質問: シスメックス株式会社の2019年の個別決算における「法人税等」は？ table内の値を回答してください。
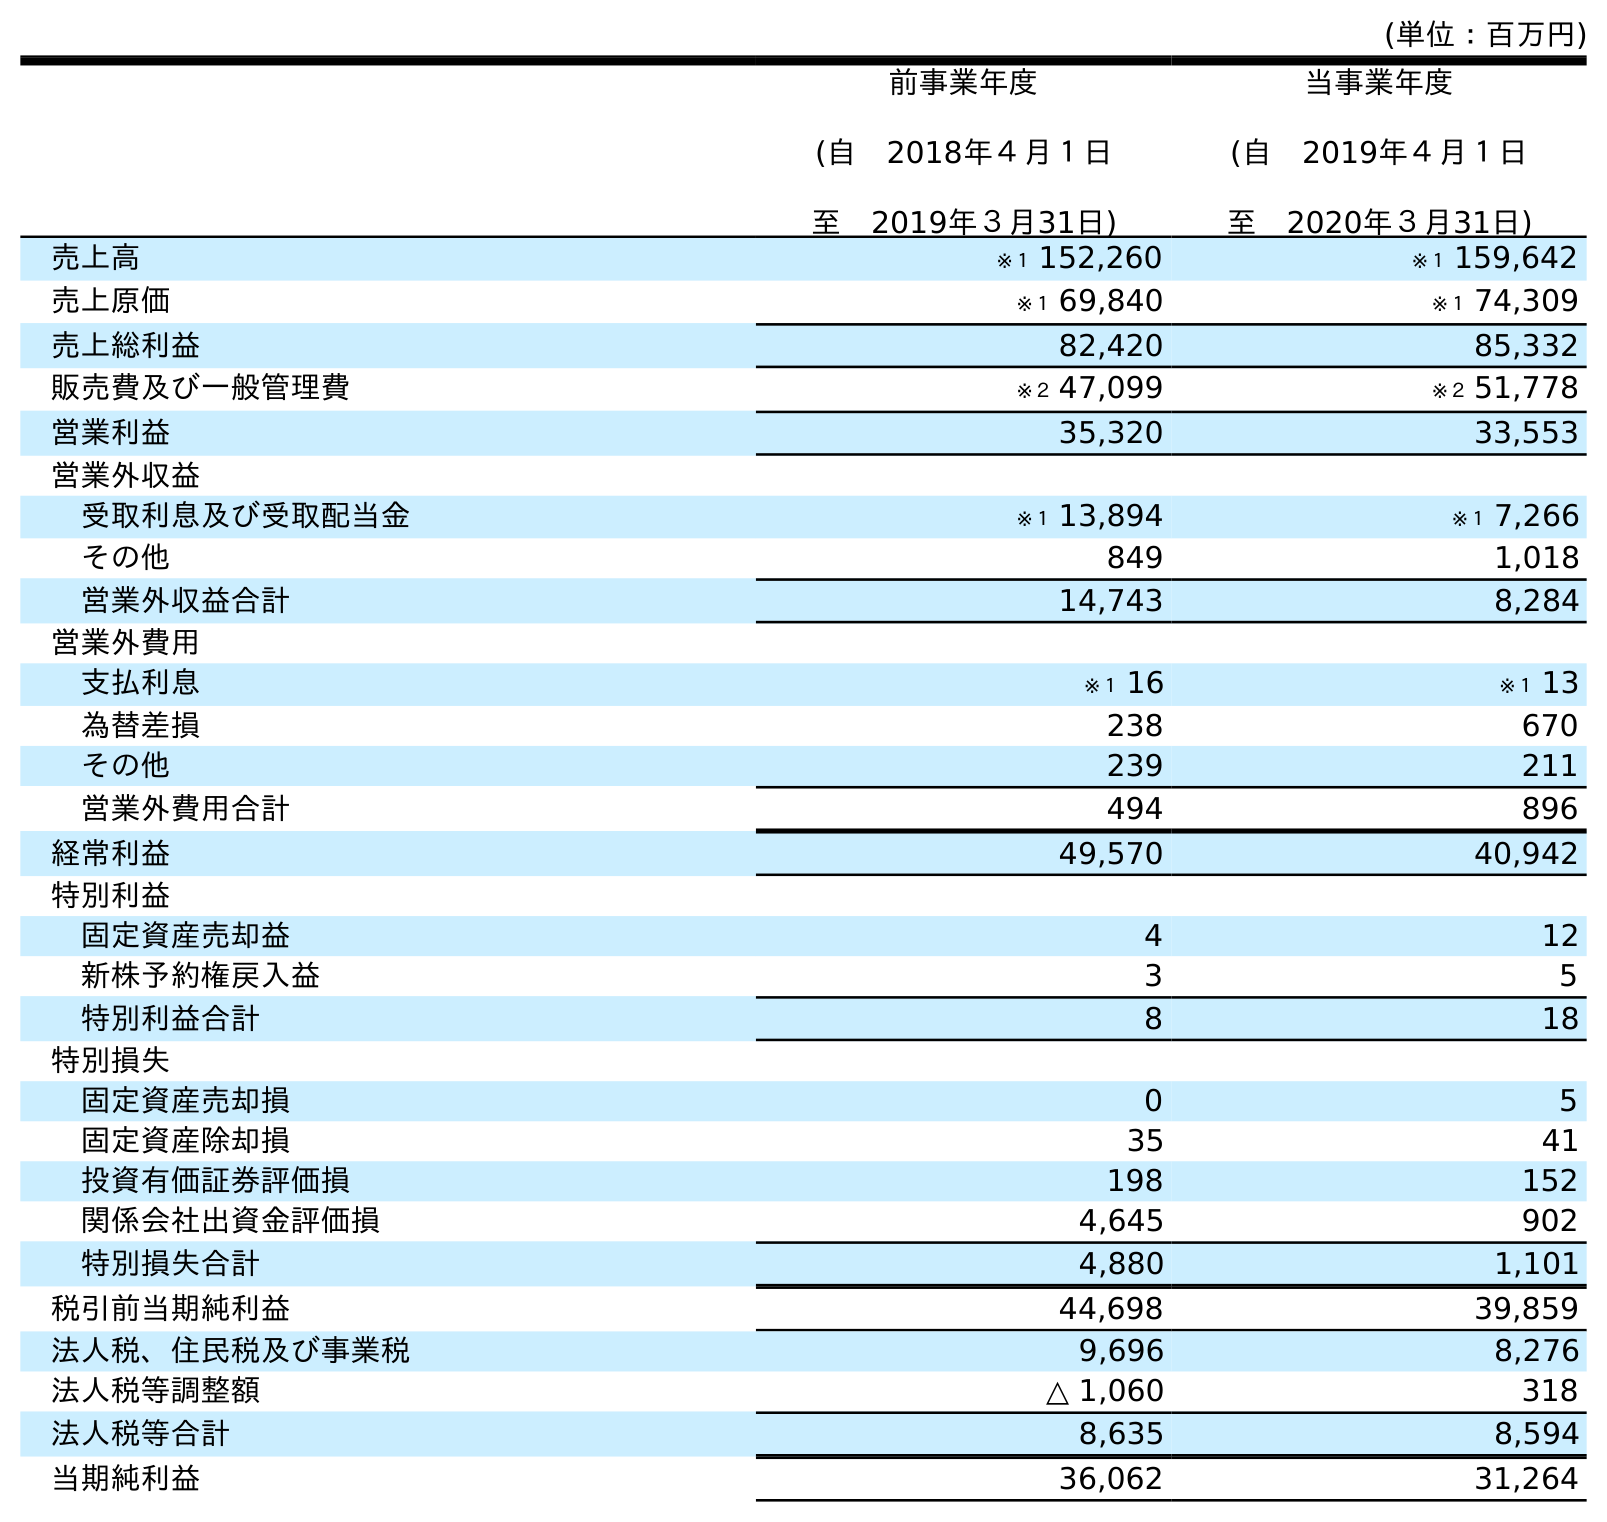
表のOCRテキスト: (単位：百万円) 前事業年度 (自 2018年４月１日 至 2019年３月31日) 当事業年度 (自 2019年４月１日 至 2020年３月31日) 売上高 ※１ 152,260 ※１ 159,642 売上原価 ※１ 69,840 ※１ 74,309 売上総利益 82,420 85,332 販売費及び一般管理費 ※２ 47,099 ※２ 51,778 営業利益 35,320 33,553 営業外収益 受取利息及び受取配当金 ※１ 13,894 ※１ 7,266 その他 849 1,018 営業外収益合計 14,743 8,284 営業外費用 支払利息 ※１ 16 ※１ 13 為替差損 238 670 その他 239 211 営業外費用合計 494 896 経常利益 49,570 40,942 特別利益 固定資産売却益 4 12 新株予約権戻入益 3 5 特別利益合計 8 18 特別損失 固定資産売却損 0 5 固定資産除却損 35 41 投資有価証券評価損 198 152 関係会社出資金評価損 4,645 902 特別損失合計 4,880 1,101 税引前当期純利益 44,698 39,859 法人税、住民税及び事業税 9,696 8,276 法人税等調整額 △ 1,060 318 法人税等合計 8,635 8,594 当期純利益 36,062 31,264
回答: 8,635